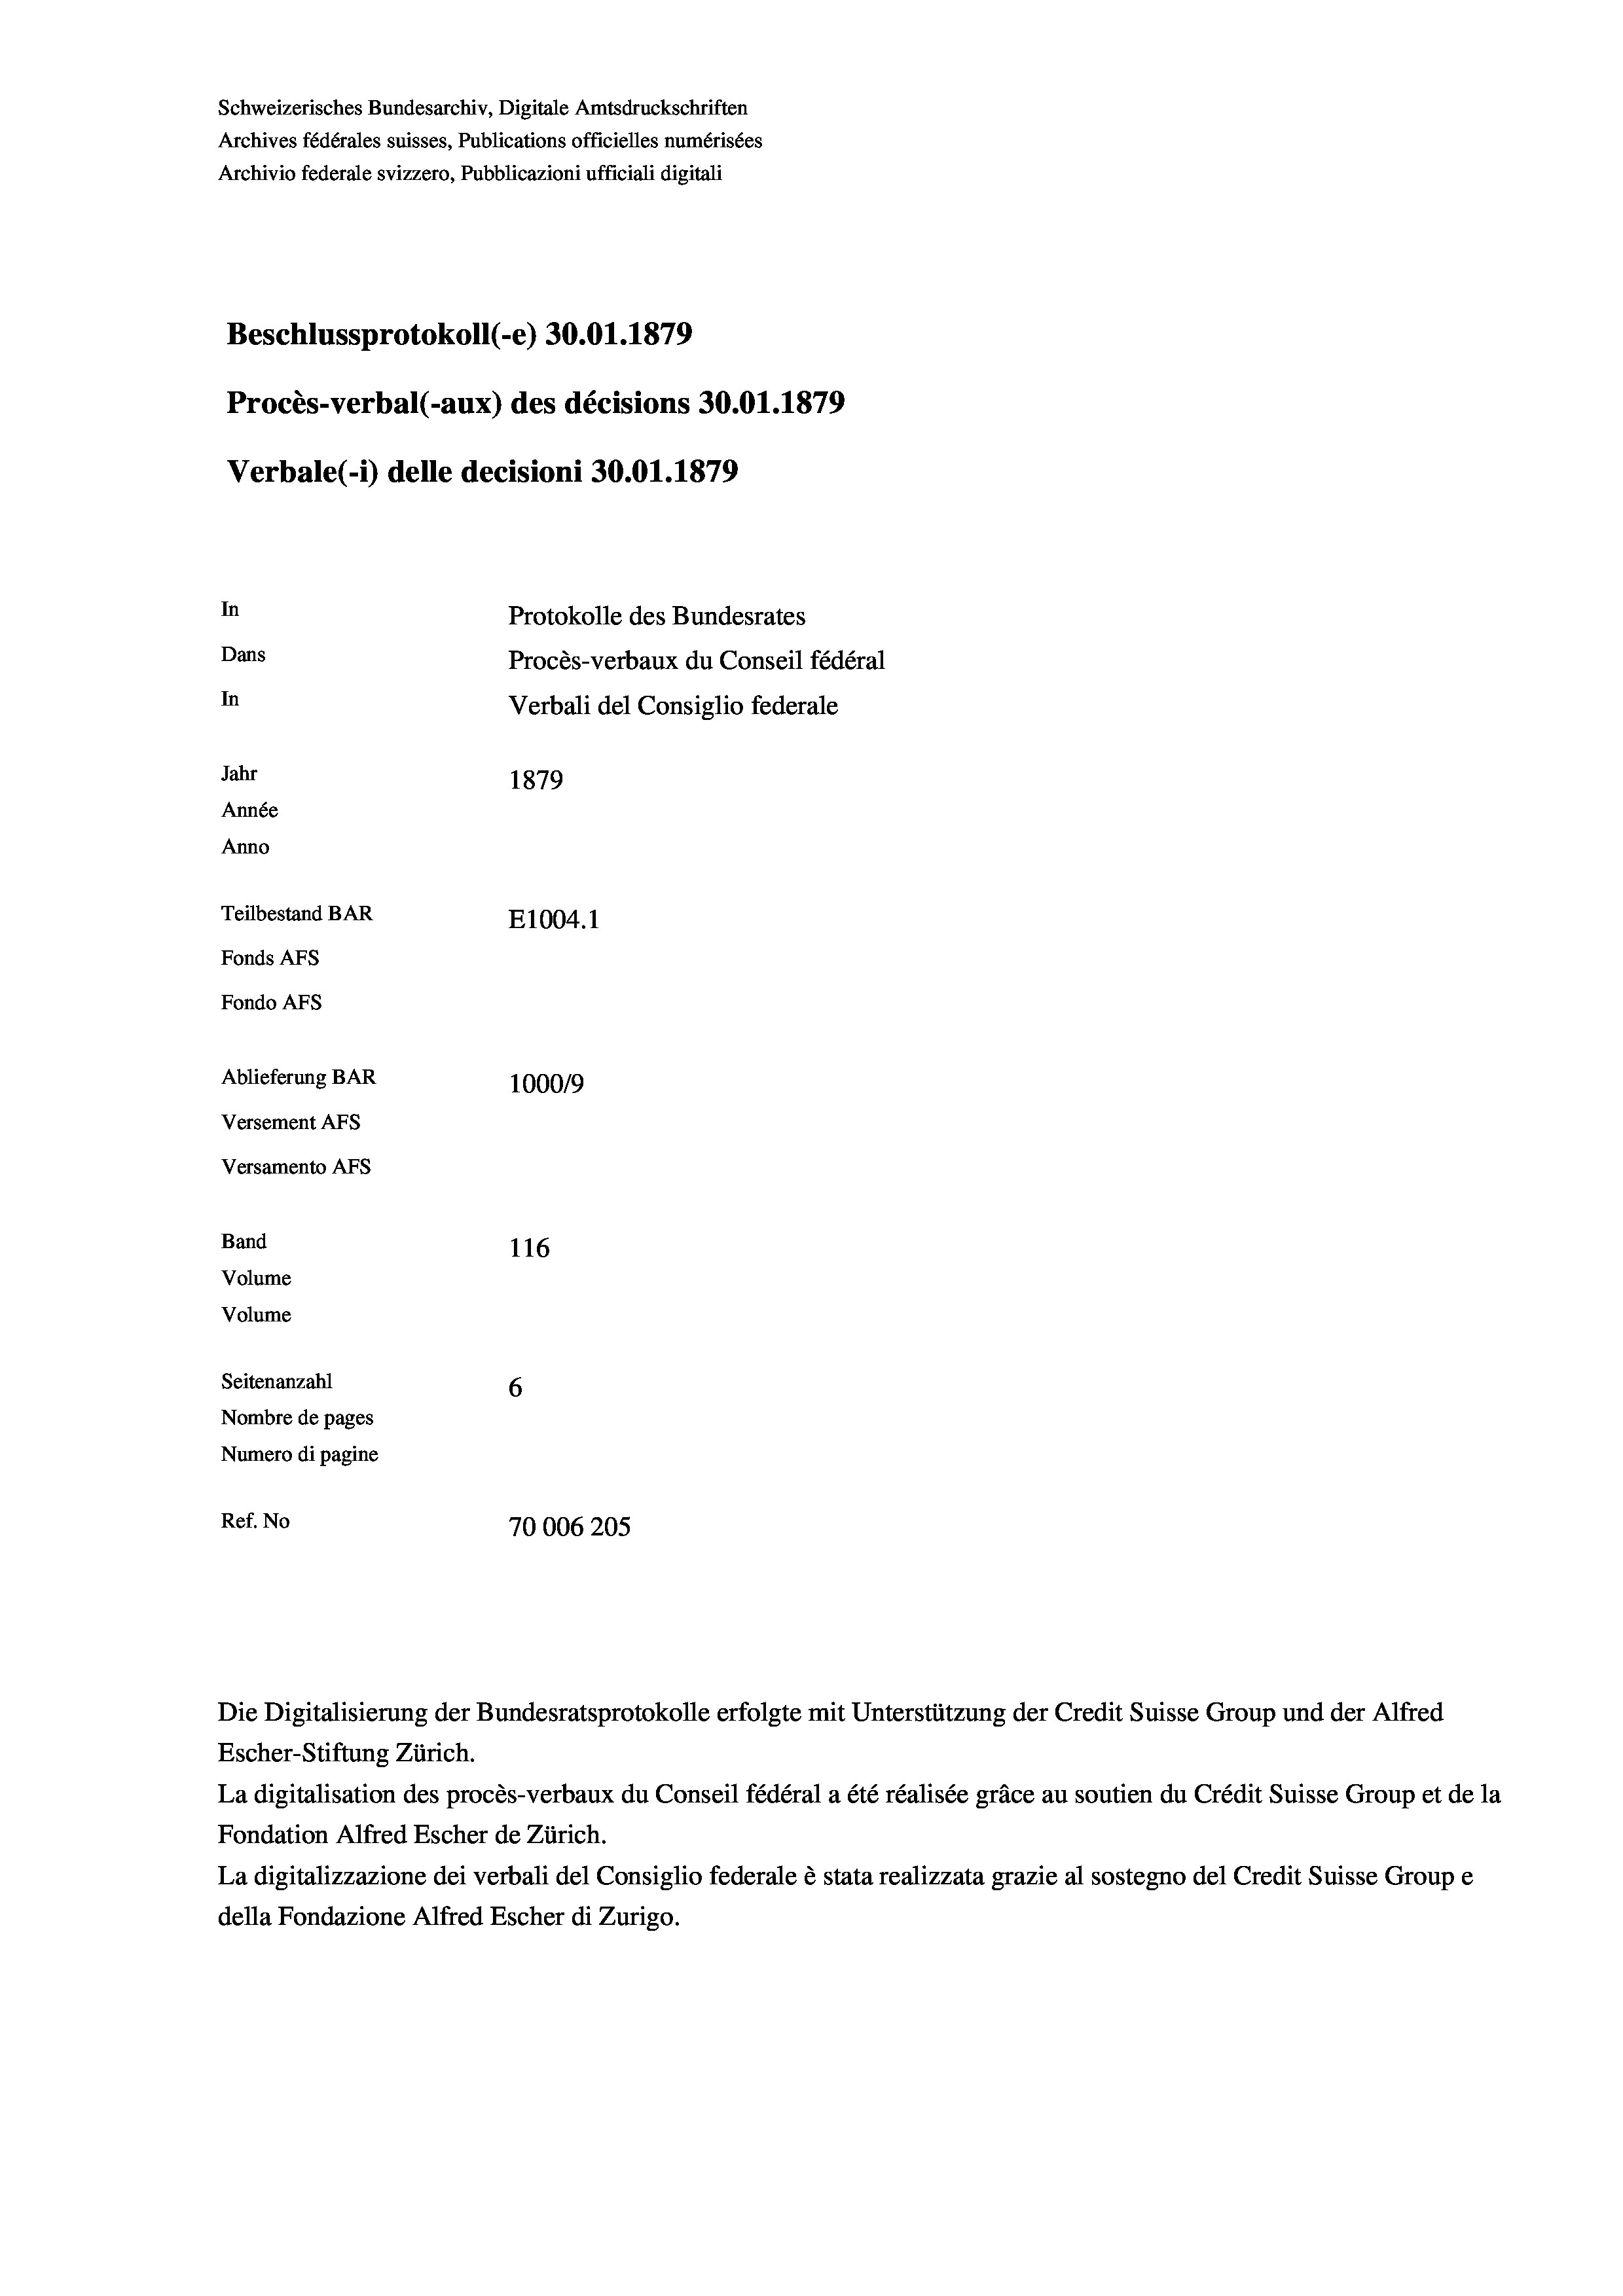
Schweizerisches Bundesarchiv, Digitale Amtsdruckschriften
Archives fédérales suisses, Publications officielles numérisées
Archivio federale svizzero, Pubblicazioni ufficiali digitali
Beschlussprotokoll (-e) 30.01. 1879
Procès-verbal (-aux) des décisions 30.01.1879
Verbale (1) delle decisioni 30.01. 1879
In
Protokolle des Bundesrates
Dans
Procès-verbaux du Conseil fédéral
In
Verbali del Consiglio federale
Jahr
1879
Année
Anno
Teilbestand BAR
E1004. 1
Fonds AFs
Fondo AFs
Ablieferung BAR
1000/9
Versement Abs
Versamento Afs
Band
116
Volume
Volume
Seitenanzahl
6
Nombre de pages
Numero di pagine
Ref. No
70006205

Die Digitalisierung der Bundesratsprotokolle erfolgte mit Unterstützung der Credit Suisse Group und der Alfred
Escher-Stiftung Zürich.
La digitalisation des procès-verbaux du Conseil fédéral a été réalisée gräce au soutien du Crédit Suisse Group et de la
Fondation Alfred Escher de Zürich.
La digitalizzazione dei verbali del Consiglio federale è stata realizzata grazie al sostegno del Credit Suisse Groupe
della Fondazione Alfred Escher di Zurigo.